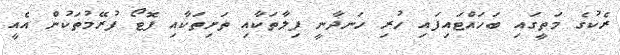
ރެކުގެ މަތީގައި ބަހައްޓައިފައި ހުރި ހަނދާނީ ފިލާތަކާއި ތަށިތަކާއި ފޮޓޯ ފުރޭމުތަކުން އެއީ